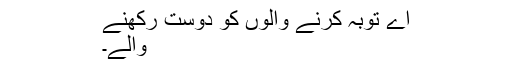
اے توبہ کرنے والوں کو دوست رکھنے
والے۔